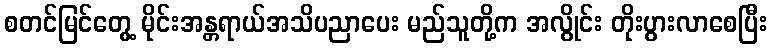
စတင်မြင်တွေ့ မိုင်းအန္တရာယ်အသိပညာပေး မည်သူတို့က အလွိုင်း တိုးပွားလာစေပြီး